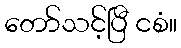
တော်သင့်ပြီ ငစံ။